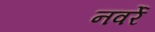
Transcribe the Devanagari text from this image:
नवर्रे